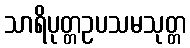
သာရိပုတ္တဥပသမသုတ္တ